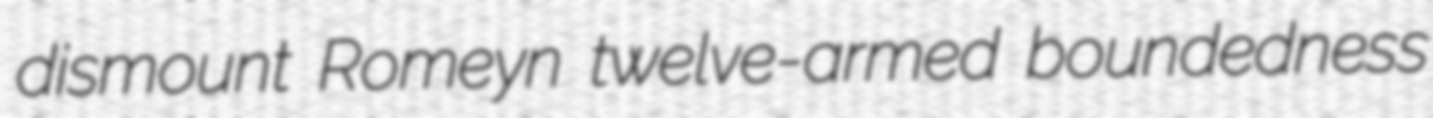
dismount Romeyn twelve-armed boundedness